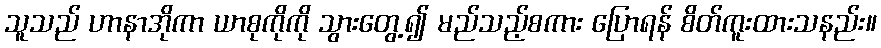
သူသည် ဟာနာအိုကာ ယာစုကိုကို သွားတွေ့၍ မည်သည့်စကား ပြောရန် စိတ်ကူးထားသနည်း။